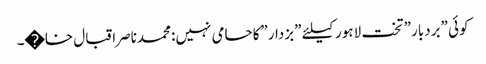
کوئی ”بردبار” تخت لاہور کیلئے ”بزدار”کاحامی نہیں: محمدناصراقبال خا�۔